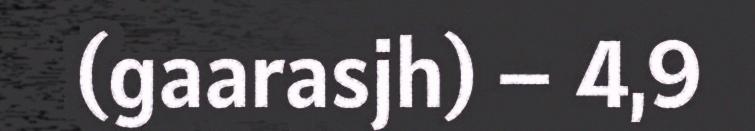
(gaarasjh) – 4,9